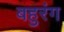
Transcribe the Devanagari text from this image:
बहुरंग